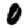
Digit: 0